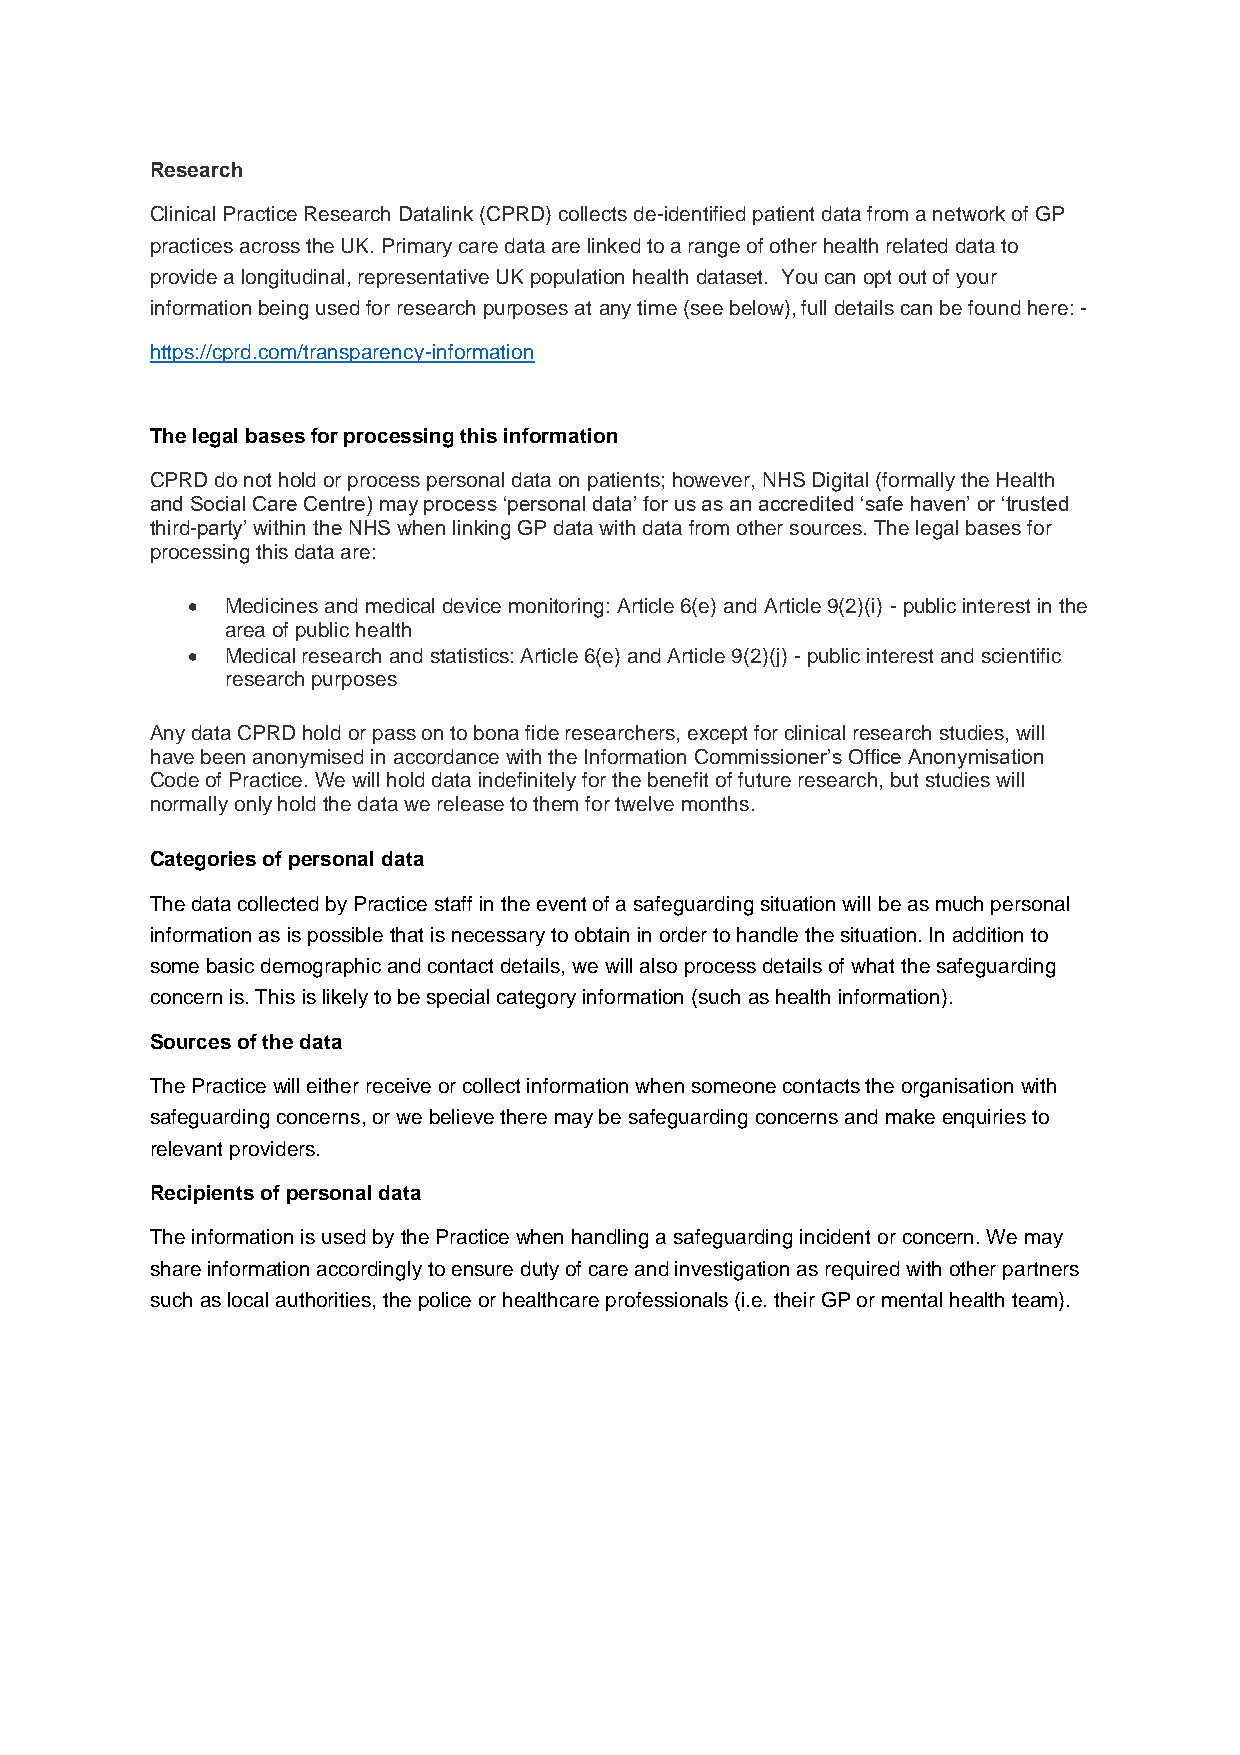
Research
 Clinical Practice Research Datalink (CPRD) collects de-identified patient data from a network of GP
 practices across the UK. Primary care data are linked to a range of other health related data to
 provide a longitudinal, representative UK population health dataset. You can opt out of your
 information being used for research purposes at any time (see below), full details can be found here: -
 https://cprd.com/transparency-information
 The legal bases for processing this information
 CPRD do not hold or process personal data on patients; however, NHS Digital (formally the Health
 and Social Care Centre) may process ‘personal data’ for us as an accredited ‘safe haven’ or ‘trusted
 third-party’ within the NHS when linking GP data with data from other sources. The legal bases for
 processing this data are:
 •  Medicines and medical device monitoring: Article 6(e) and Article 9(2)(i) - public interest in the
 area of public health
 •  Medical research and statistics: Article 6(e) and Article 9(2)(j) - public interest and scientific
 research purposes
 Any data CPRD hold or pass on to bona fide researchers, except for clinical research studies, will
 have been anonymised in accordance with the Information Commissioner’s Office Anonymisation
 Code of Practice. We will hold data indefinitely for the benefit of future research, but studies will
 normally only hold the data we release to them for twelve months.
 Categories of personal data
 The data collected by Practice staff in the event of a safeguarding situation will be as much personal
 information as is possible that is necessary to obtain in order to handle the situation. In addition to
 some basic demographic and contact details, we will also process details of what the safeguarding
 concern is. This is likely to be special category information (such as health information).
 Sources of the data
 The Practice will either receive or collect information when someone contacts the organisation with
 safeguarding concerns, or we believe there may be safeguarding concerns and make enquiries to
 relevant providers.
 Recipients of personal data
 The information is used by the Practice when handling a safeguarding incident or concern. We may
 share information accordingly to ensure duty of care and investigation as required with other partners
 such as local authorities, the police or healthcare professionals (i.e. their GP or mental health team).